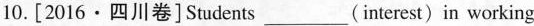
10.[2016·四川卷]Students ___ (interest) in working